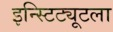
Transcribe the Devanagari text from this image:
इन्स्टिट्यूटला